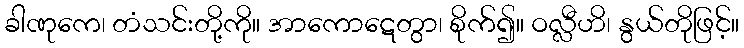
ခါဏုကေ၊ တံသင်းတို့ကို။ အာကောဋေတွာ၊ စိုက်၍။ ဝလ္လီဟိ၊ နွယ်တိုဖြင့်။